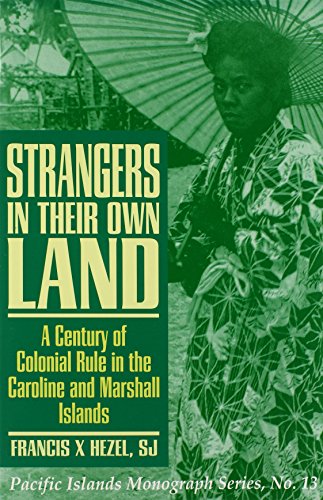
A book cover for Strangers in Their Own Land: A Century of Colonial Rule in the Caroline and Marshall Islands (Pacific Islands Monograph Ser. 13); Francis X. Hezel; History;